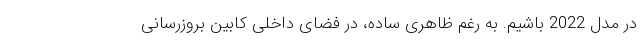
در مدل 2022 باشیم. به رغم ظاهری ساده، در فضای داخلی کابین بروزرسانی